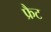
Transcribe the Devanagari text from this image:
फ्रैट